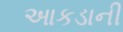
આકડાની